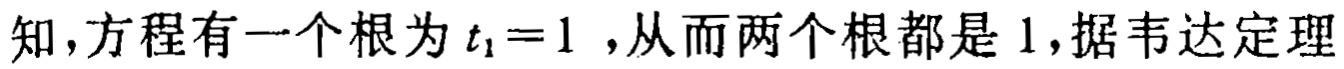
知，方程有一个根为\(t_{1}=1\) ，从而两个根都是 \(1\)，据韦达定理